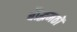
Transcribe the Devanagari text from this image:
बौद्धमठों